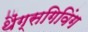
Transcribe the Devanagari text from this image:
थैंग्सगिविंग